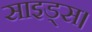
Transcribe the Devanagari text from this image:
साइड्स।